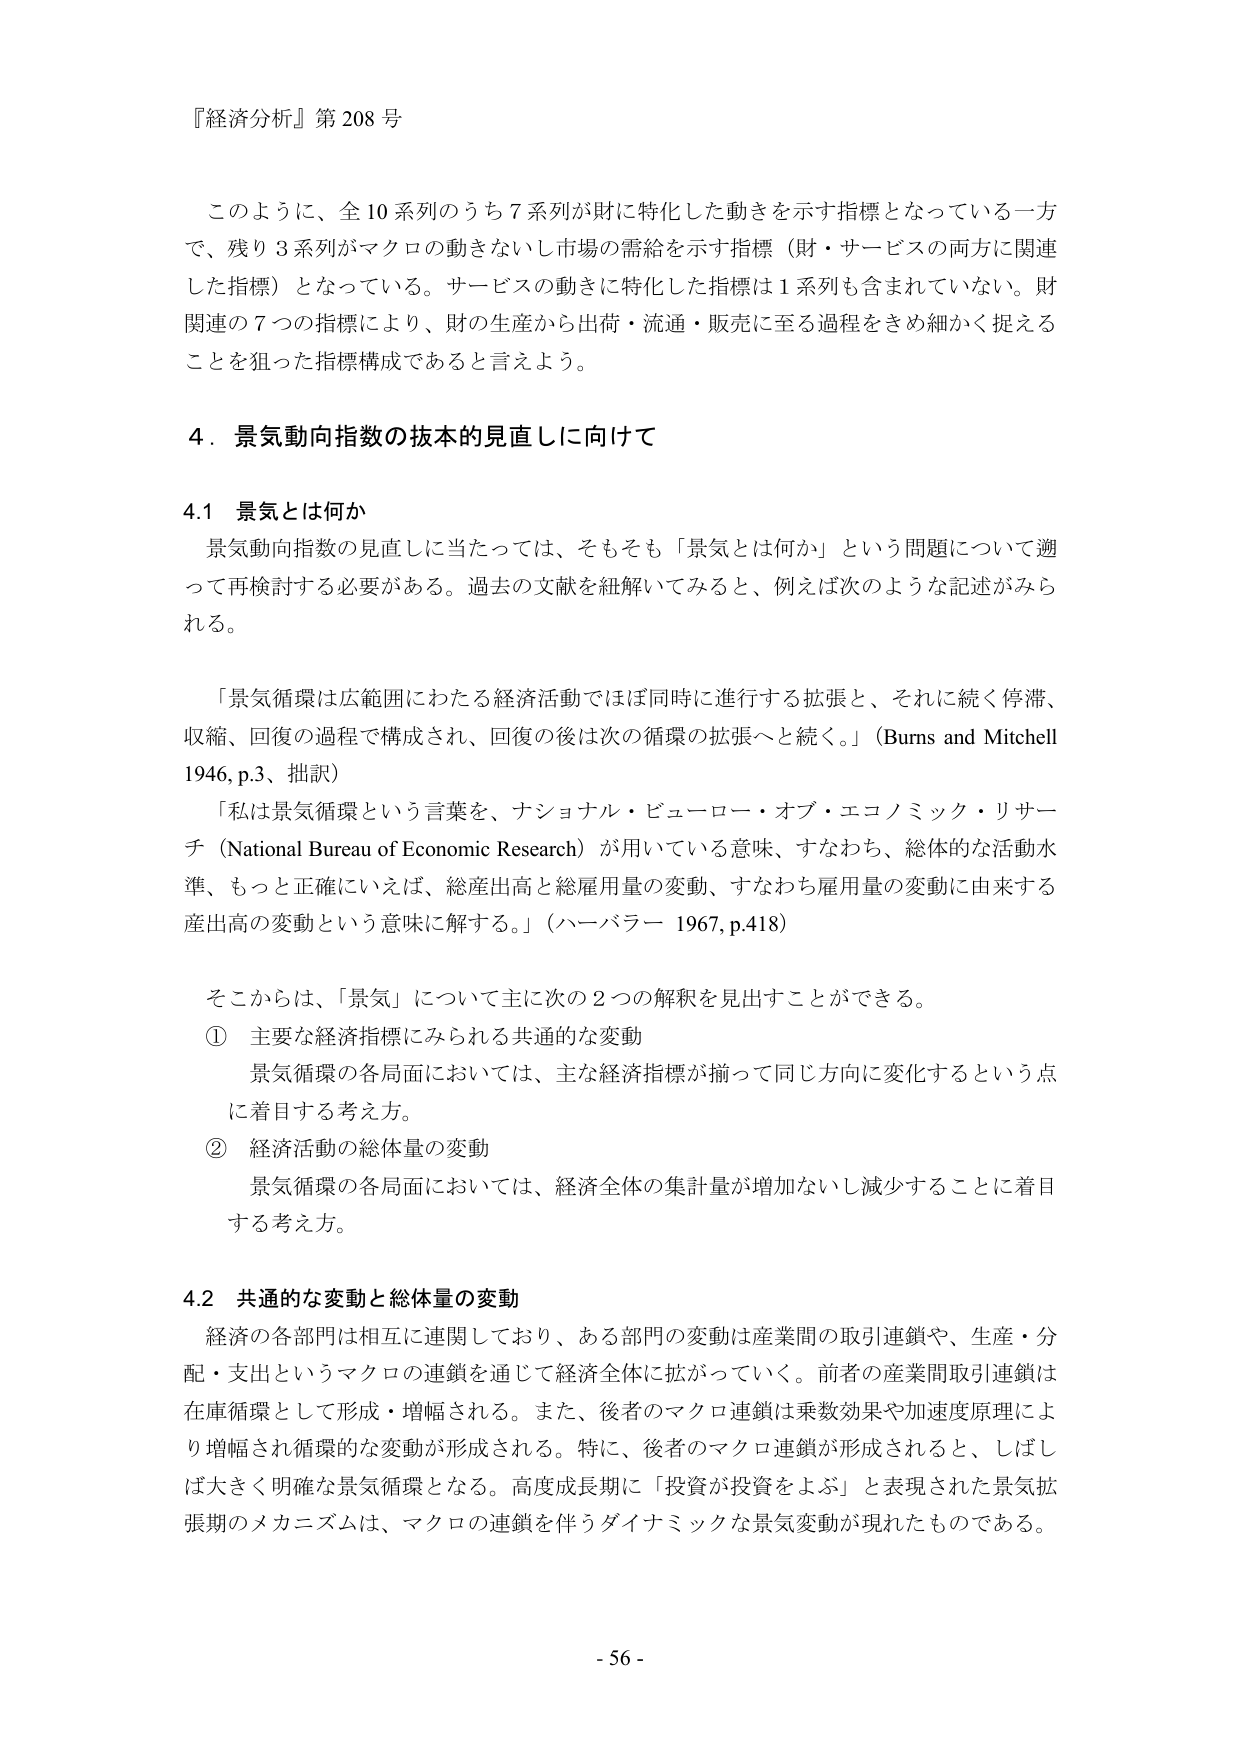
『経済分析』第208号

このように、全10系列のうち7系列が財に特化した動きを示す指標となっている一方で、残り3系列がマクロの動きないし市場の需給を示す指標（財・サービスの両方に関連した指標）となっている。サービスの動きに特化した指標は1系列も含まれていない。財関連の7つの指標により、財の生産から出荷・流通・販売に至る過程をきめ細かく捉えることを狙った指標構成であると言えよう。

4．景気動向指数の抜本的見直しに向けて

4.1 景気とは何か
景気動向指数の見直しに当たっては、そもそも「景気とは何か」という問題について遡って再検討する必要がある。過去の文献を紐解いてみると、例えば次のような記述がみられる。

「景気循環は広範囲にわたる経済活動でほぼ同時に進行する拡張と、それに続く停滞、収縮、回復の過程で構成され、回復の後は次の循環の拡張へと続く。」（Burns and Mitchell 1946, p.3、拙訳）

「私は景気循環という言葉を、ナショナル・ビューロー・オブ・エコノミック・リサーチ（National Bureau of Economic Research）が用いている意味、すなわち、総体的な活動水準、もっと正確にいえば、総産出高と総雇用量の変動、すなわち雇用量の変動に由来する産出高の変動という意味に解する。」（ハーバラー 1967, p.418）

そこからは、「景気」について主に次の2つの解釈を見出すことができる。
① 主要な経済指標にみられる共通的な変動
景気循環の各局面においては、主な経済指標が揃って同じ方向に変化するという点に着目する考え方。
② 経済活動の総体量の変動
景気循環の各局面においては、経済全体の集計量が増加ないし減少することに着目する考え方。

4.2 共通的な変動と総体量の変動
経済の各部門は相互に連関しており、ある部門の変動は産業間の取引連鎖や、生産・分配・支出というマクロの連鎖を通じて経済全体に拡がっていく。前者の産業間取引連鎖は在庫循環として形成・増幅される。また、後者のマクロ連鎖は乗数効果や加速度原理により増幅され循環的な変動が形成される。特に、後者のマクロ連鎖が形成されると、しばしば大きく明確な景気循環となる。高度成長期に「投資が投資をよぶ」と表現された景気拡張期のメカニズムは、マクロの連鎖を伴うダイナミックな景気変動が現れたものである。

- 56 -